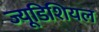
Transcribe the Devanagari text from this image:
ज्यूडिशियल